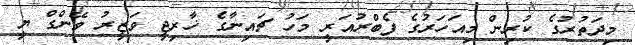
މިދަތުރުގެ ކުރިން މިއަހަރުގެ ފެބްރުއަރީ މަހު ޗައިނާގެ ޚާރިޖީ ވަޒީރު ވޭންގް ޔީ